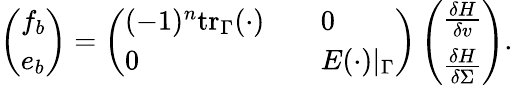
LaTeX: \begin{array}{r}{\left(\begin{array}{l}{f_{b}}\\ {e_{b}}\end{array}\right)=\left(\begin{array}{ll}{(-1)^{n}\mathrm{tr}_{\Gamma}(\cdot)\quad}&{0}\\ {0\quad}&{E(\cdot)|_{\Gamma}}\end{array}\right)\left(\begin{array}{l}{\frac{\delta H}{\delta v}}\\ {\frac{\delta H}{\delta\Sigma}}\end{array}\right).}\end{array}